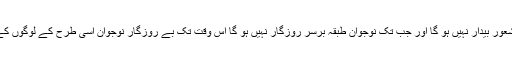
ملک میں جب تک تعلیم کا حصول تمام لوگوں کے لیے آسان نہیں ہو گا لوگوں میں شعور بیدار نہیں ہو گا اور جب تک نوجوان طبقہ برسر روزگار نہیں ہو گا اس وقت تک بے روزگار نوجوان اسی طرح کے لوگوں کے ہاتھوں میں کھلونا بنتے رہیں گے اور اسی طرح کے واقعات جنم لیتے رہیں گے۔